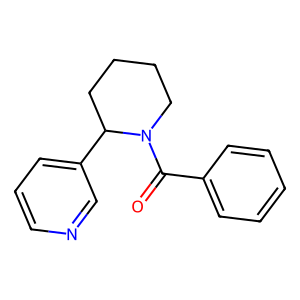
SMILES: O=C(c1ccccc1)N1CCCCC1c1cccnc1
Inhibits HIV replication: No